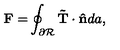
\mathbf { F = } \oint _ { \partial \mathcal { R } } \mathbf { \tilde { T } \cdot \hat { n } } d a ,